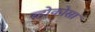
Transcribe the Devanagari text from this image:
व्होकोसा